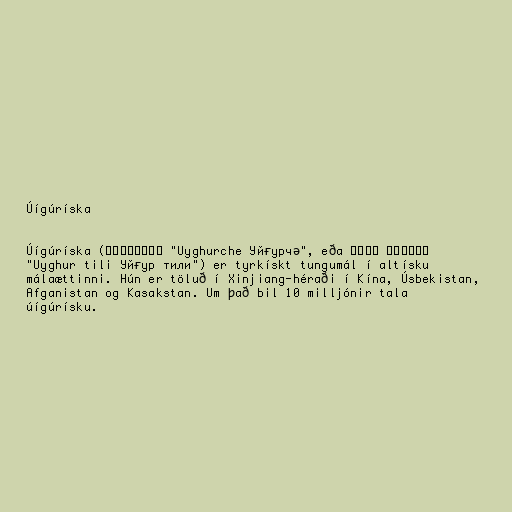
Úígúríska

Úígúríska (ئۇيغۇرچە‎ "Uyghurche Уйғурчә", eða ئۇيغۇر تىلى‎
"Uyghur tili Уйғур тили") er tyrkískt tungumál í altísku
málaættinni. Hún er töluð í Xinjiang-héraði í Kína, Úsbekistan,
Afganistan og Kasakstan. Um það bil 10 milljónir tala
úígúrísku.